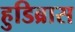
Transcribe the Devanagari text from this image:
हुडिब्रास